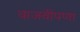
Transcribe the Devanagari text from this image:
वाजवीपणा